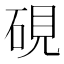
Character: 硯